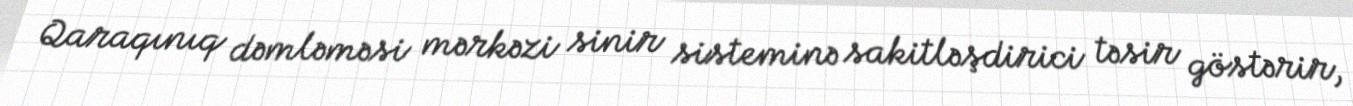
Qaraqınıq dəmləməsi mərkəzi sinir sisteminə sakitləşdirici təsir göstərir,